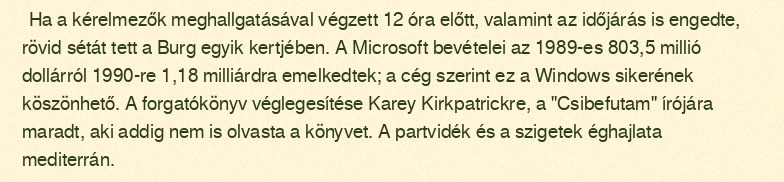
Ha a kérelmezők meghallgatásával végzett 12 óra előtt, valamint az időjárás is engedte, rövid sétát tett a Burg egyik kertjében. A Microsoft bevételei az 1989-es 803,5 millió dollárról 1990-re 1,18 milliárdra emelkedtek; a cég szerint ez a Windows sikerének köszönhető. A forgatókönyv véglegesítése Karey Kirkpatrickre, a "Csibefutam" írójára maradt, aki addig nem is olvasta a könyvet. A partvidék és a szigetek éghajlata mediterrán.